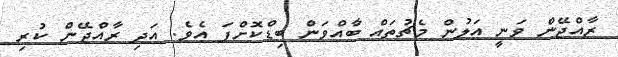
ރާއްޖޭން ވަނީ އަލުން މެޗުތައް ބާއްވަން ބިޑްކޮށްފަ އެވެ. އަދި ރާއްޖޭން ކުރި